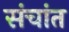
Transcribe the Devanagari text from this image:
संचांत